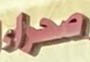
صحراء